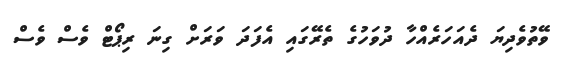
ވޭތުވެދިޔަ ދެއަހަރެއްހާ ދުވަހުގެ ތެރޭގައި އެފަދަ ވަރަށް ގިނަ ރިޕޯޓް ވެސް ވެސް